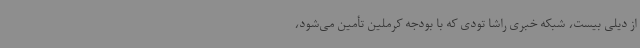
از دیلی بیست، شبکه خبری راشا تودی که با بودجه کرملین تأمین می‌شود،